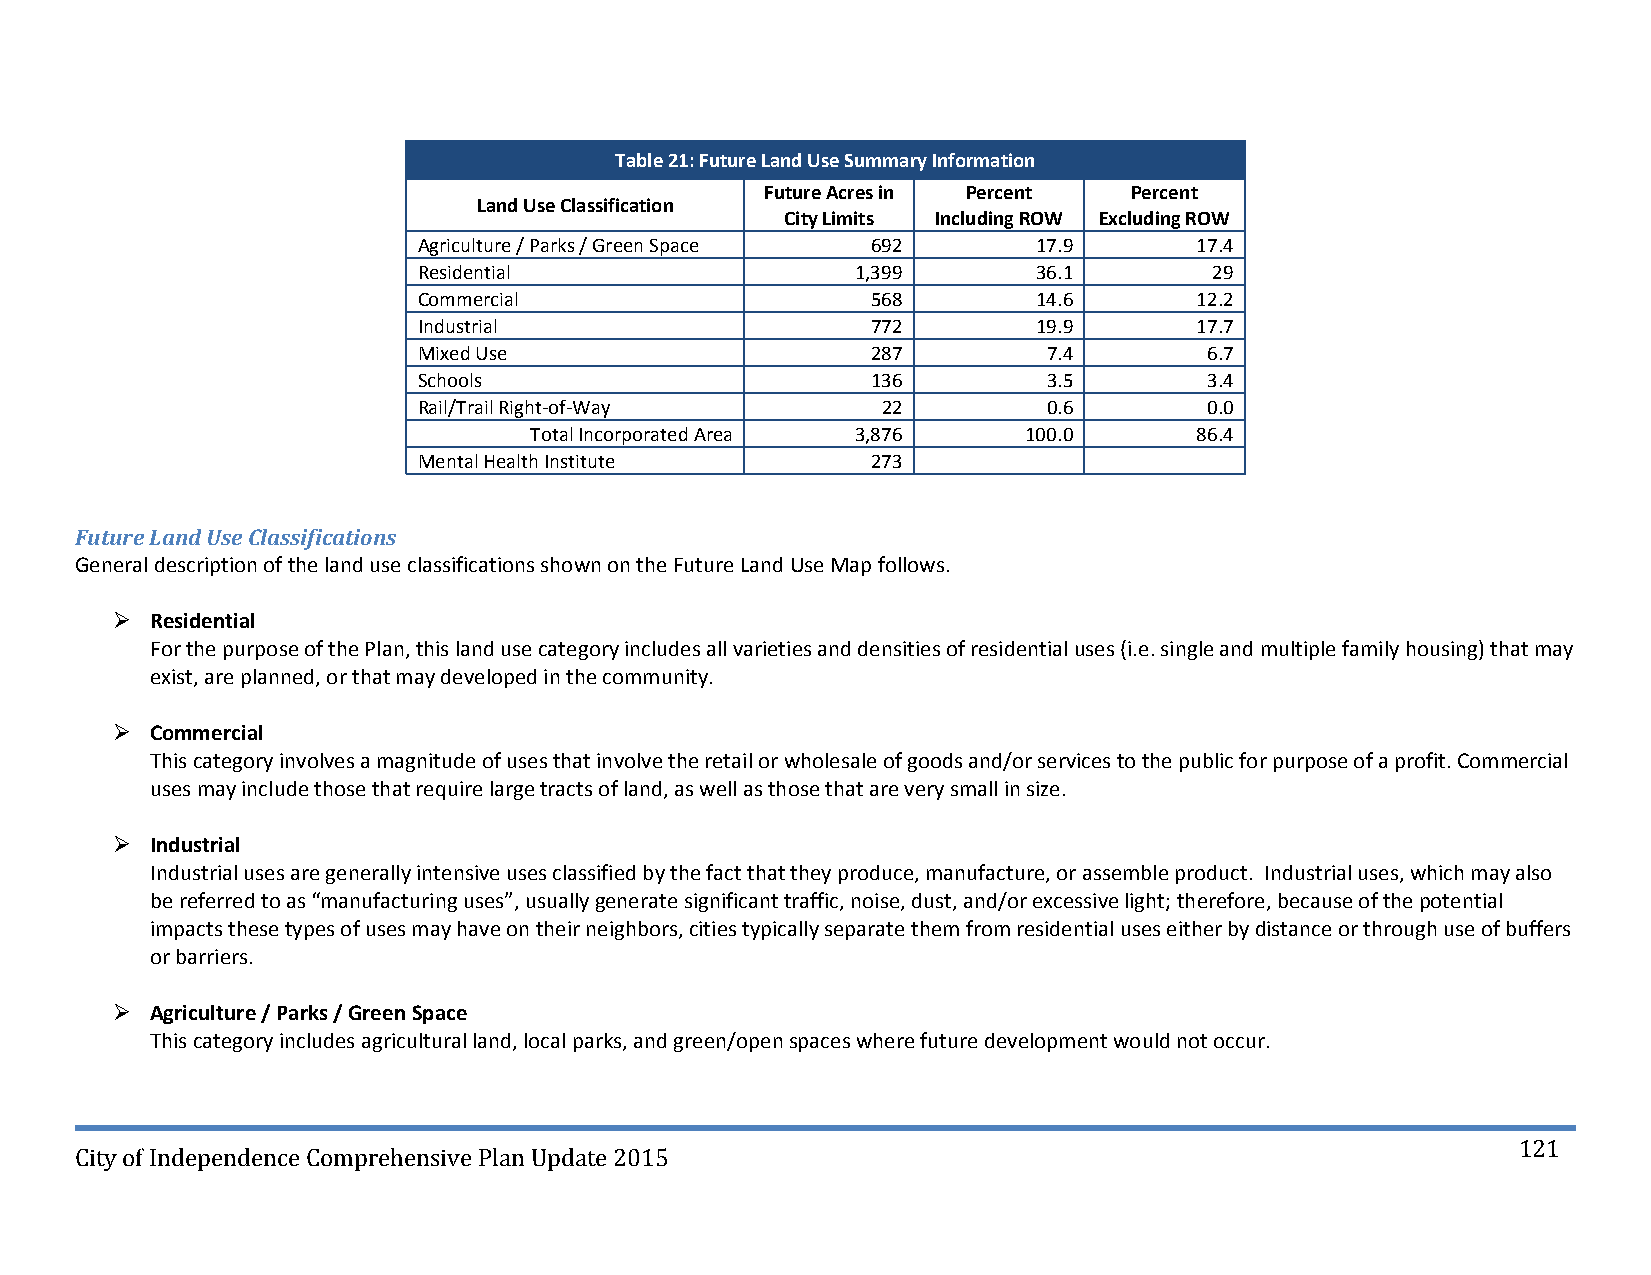
Table 21: Future Land Use Summary Information
 Future Acres in Percent Percent
 Land Use Classification
 City Limits Including ROW Excluding ROW
 Agriculture / Parks / Green Space 692    17.9      17.4
 Residential                  1,399       36.1       29
 Commercial                    568        14.6      12.2
 Industrial                    772        19.9      17.7
 Mixed Use                     287        7.4        6.7
 Schools                       136        3.5        3.4
 Rail/Trail Right‐of‐Way       22         0.6        0.0
 Total Incorporated Area 3,876    100.0      86.4
 Mental Health Institute       273
 Future Land Use Classifications
 General description of the land use classifications shown on the Future Land Use Map follows.
   Residential
 For the purpose of the Plan, this land use category includes all varieties and densities of residential uses (i.e. single and multiple family housing) that may
 exist, are planned, or that may developed in the community.
   Commercial
 This category involves a magnitude of uses that involve the retail or wholesale of goods and/or services to the public for purpose of a profit. Commercial
 uses may include those that require large tracts of land, as well as those that are very small in size.
   Industrial
 Industrial uses are generally intensive uses classified by the fact that they produce, manufacture, or assemble product. Industrial uses, which may also
 be referred to as “manufacturing uses”, usually generate significant traffic, noise, dust, and/or excessive light; therefore, because of the potential
 impacts these types of uses may have on their neighbors, cities typically separate them from residential uses either by distance or through use of buffers
 or barriers.
   Agriculture / Parks / Green Space
 This category includes agricultural land, local parks, and green/open spaces where future development would not occur.
 121
 City of Independence Comprehensive Plan Update 2015